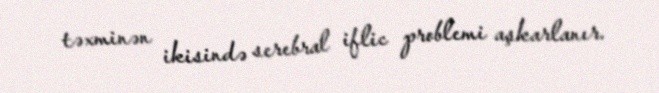
təxminən ikisində serebral iflic problemi aşkarlanır.